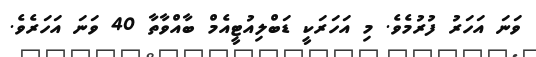
ވަނަ އަހަރު ފުރުމެވެ. މި އަހަރަކީ ޑަބްލިއުޓީއެމް ބާއްވާތާ 40 ވަނަ އަހަރެވެ.